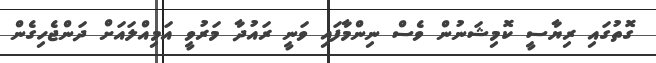
ގޮތުގައި ރިޔާސީ ކޮމިޝަނުން ވެސް ނިންމާފައި ވަނީ ރައުދާ މަރުވީ އަމިއްލައަށް ދަންޖެހިގެން